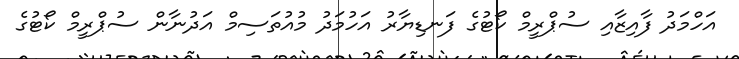
އަހްމަދު ފާއިޒާއި ސުޕްރީމް ކޯޓުގެ ފަނޑިޔާރު އަހުމަދު މުއުތަސިމް އަދުނާން ސުޕްރީމް ކޯޓުގެ